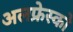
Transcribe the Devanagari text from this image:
अलफ्रेस्को